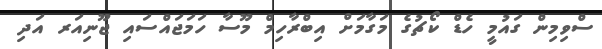
ސްވިމިން ގައުމީ ހެޑް ކޯޗުގެ މަގާމަށް އިބްރާހިމް މޫސާ ހަމަޖައްސައި ޖޫނިއަރ އަދި